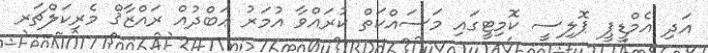
އަދި އެމްޑީޕީ ޕޮލިސީ ކޮމިޓީގައި މަސައްކަތް ކުރައްވާ އުމަރު ޢަބްދުއް ރައްޒާޤް މެރިކަލްޗަރ